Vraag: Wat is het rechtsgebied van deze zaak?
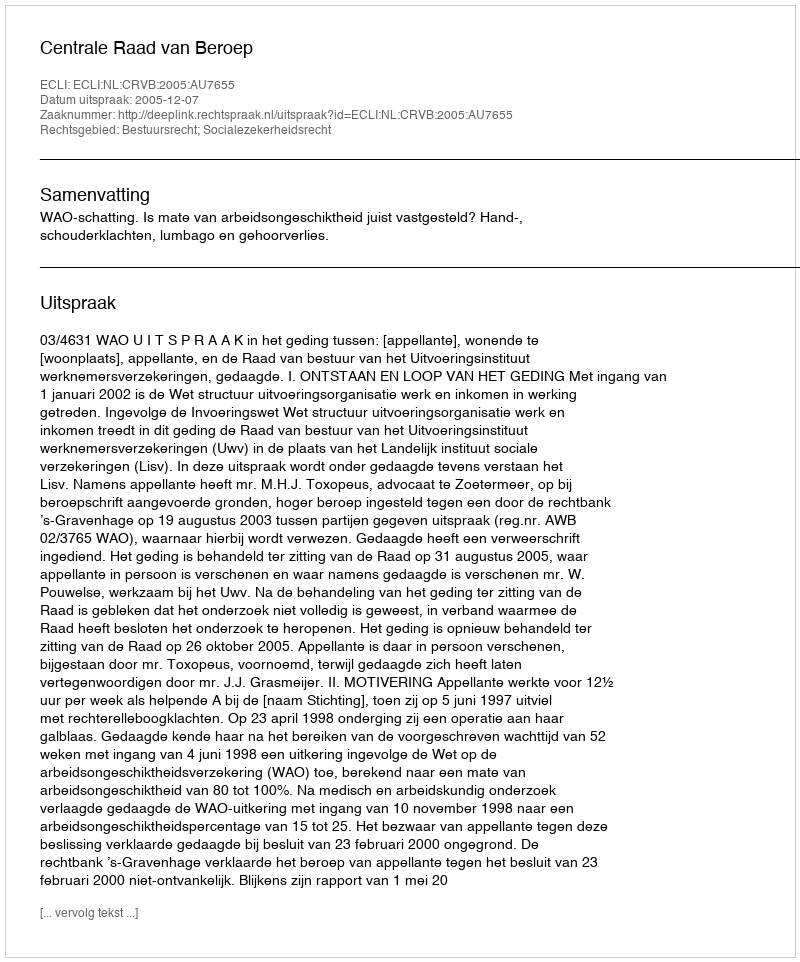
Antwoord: Bestuursrecht; Socialezekerheidsrecht